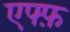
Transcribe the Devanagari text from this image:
एफ्फ़